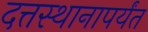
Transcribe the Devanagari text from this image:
दत्तस्थानापर्यंत